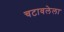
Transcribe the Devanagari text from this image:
चटावलेला